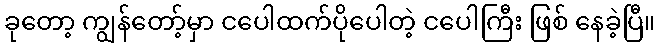
ခုတော့ ကျွန်တော့်မှာ ငပေါထက်ပိုပေါတဲ့ ငပေါကြီး ဖြစ် နေခဲ့ပြီ။